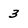
Character: 3